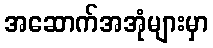
အဆောက်အအုံများမှာ